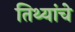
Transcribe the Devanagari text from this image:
तिथ्यांचे